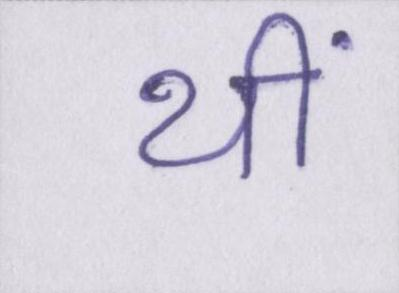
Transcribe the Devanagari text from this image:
थीं